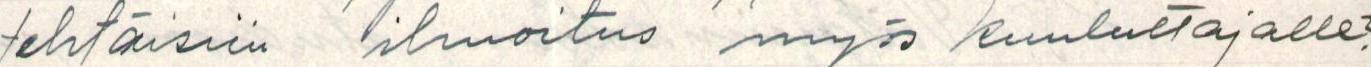
tehtäisiin ilmoitus myös kuuluttajalle?